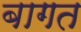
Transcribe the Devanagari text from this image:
बागत